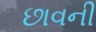
છાવની